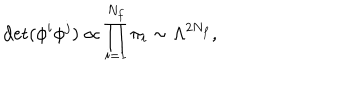
\det ( \phi ^ { i } \phi ^ { j } ) \propto \prod _ { i = 1 } ^ { N _ { f } } \pi _ { i } \sim \Lambda ^ { 2 N _ { f } } ,